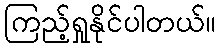
ကြည့်ရှုနိုင်ပါတယ်။